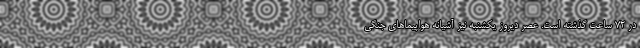
در ۷۲ ساعت گذشته است. عصر دیروز یکشنبه نیز آشیانه هواپیماهای جنگی